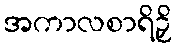
အကာလစာရိဉှိ